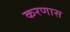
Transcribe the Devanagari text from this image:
करणास